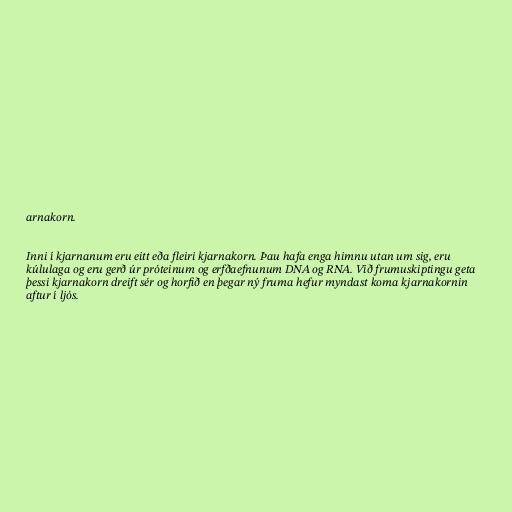
arnakorn.

Inni í kjarnanum eru eitt eða fleiri kjarnakorn. Þau hafa enga himnu utan um sig, eru
kúlulaga og eru gerð úr próteinum og erfðaefnunum DNA og RNA. Við frumuskiptingu geta
þessi kjarnakorn dreift sér og horfið en þegar ný fruma hefur myndast koma kjarnakornin
aftur í ljós.